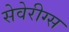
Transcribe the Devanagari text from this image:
सेवेरीग्स